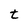
Character: t